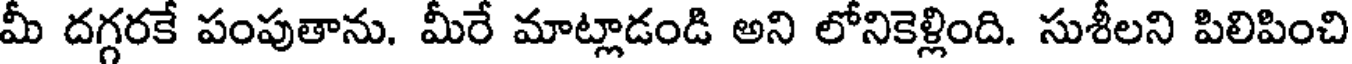
మీ దగ్గరకే పంపుతాను. మీరే మాట్లాడండి అని లోనికెళ్లింది. సుశీలని పిలిపించి